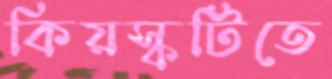
কিয়স্কটিতে